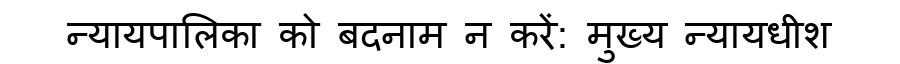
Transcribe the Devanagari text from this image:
न्यायपालिका को बदनाम न करें: मुख्य न्यायधीश